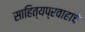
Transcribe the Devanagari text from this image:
साहित्यप्रवाहाचे